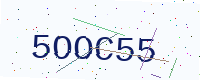
Text: 5OOC55